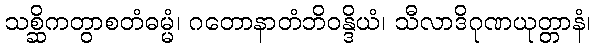
သစ္ဆိကတွာစတံဓမ္မံ၊ ဂတောနာတံဘိဝန္ဒိယံ၊ သီလာဒိဂုဏယုတ္တာနံ၊